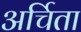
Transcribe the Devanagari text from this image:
अर्चिता